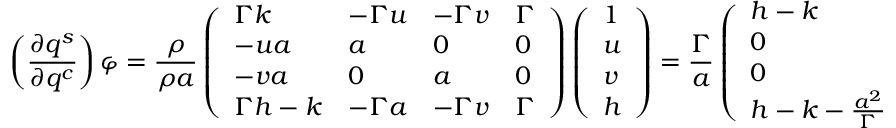
\left( \frac { \partial q ^ { s } } { \partial q ^ { c } } \right) \varphi = \frac { \rho } { \rho a } \left( \begin{array} { l l l l } { \Gamma k } & { - \Gamma u } & { - \Gamma v } & { \Gamma } \\ { - u a } & { a } & { 0 } & { 0 } \\ { - v a } & { 0 } & { a } & { 0 } \\ { \Gamma h - k } & { - \Gamma a } & { - \Gamma v } & { \Gamma } \end{array} \right) \left( \begin{array} { l } { 1 } \\ { u } \\ { v } \\ { h } \end{array} \right) = \frac { \Gamma } { a } \left( \begin{array} { l } { h - k } \\ { 0 } \\ { 0 } \\ { h - k - \frac { a ^ { 2 } } { \Gamma } } \end{array} \right)